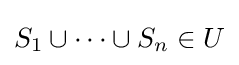
S_{1}\cup \cdots \cup S_{n}\in U